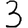
Digit: 3